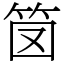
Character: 笝